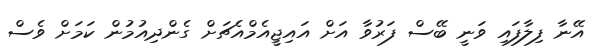
އޭނާ ފިލާފައި ވަނީ ބޭސް ފަރުވާ އަށް އައިޖީއެމްއެޗަށް ގެންދިއުމުން ކަމަށް ވެސް